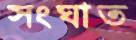
সংঘাত